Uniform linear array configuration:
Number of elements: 4
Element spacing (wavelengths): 1
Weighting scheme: hamming
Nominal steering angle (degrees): -60
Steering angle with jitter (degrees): -60.853
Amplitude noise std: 0.05
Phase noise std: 0.05

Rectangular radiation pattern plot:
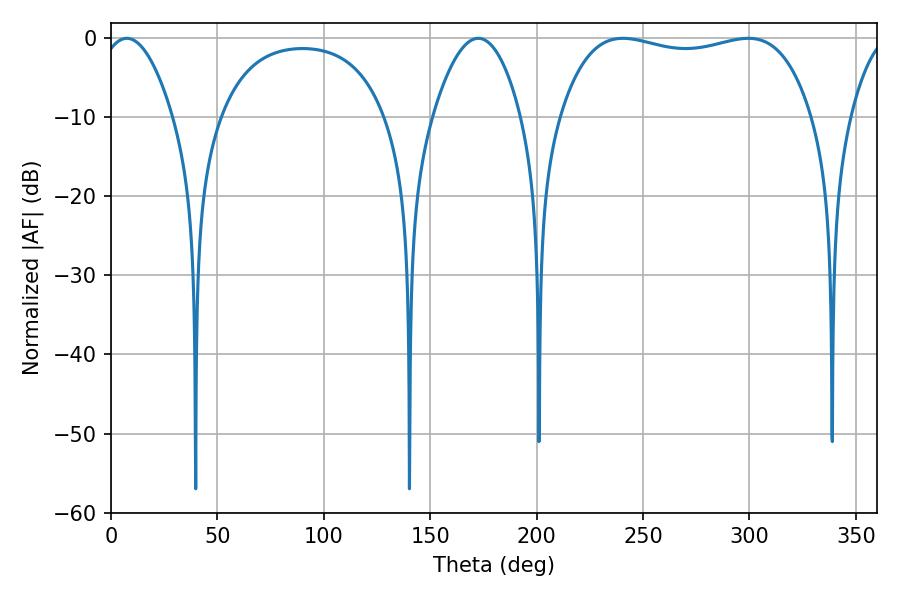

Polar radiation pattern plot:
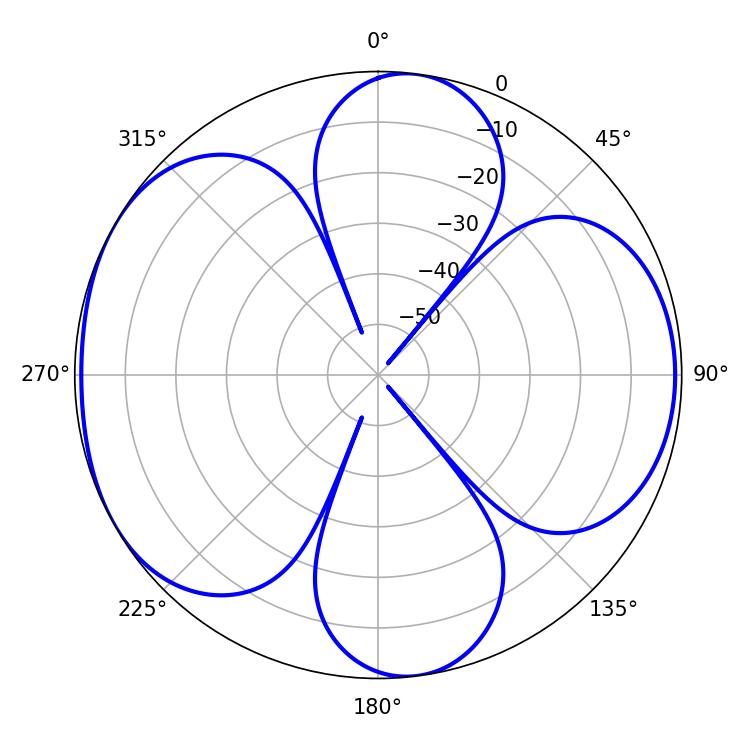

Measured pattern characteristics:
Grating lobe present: TRUE
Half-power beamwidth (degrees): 95.4
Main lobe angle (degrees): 240.48